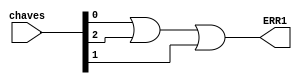
module ErrSensor (chaves, ERR1);

	input [2:0] chaves;
	output ERR1;
	wire f1,f2,f3;
	//ERR1 = 1; erro de sensor
	//ERR1 = 0; no  erro de sensor
	assign f1 = chaves[0];
	assign f3 = chaves[1];
	assign f2 = chaves[2];
	assign ERR1 = f1 || f2 || f3;
	
endmodule